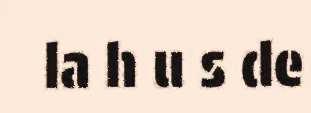
la h u s de